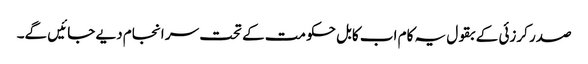
صدر کرزئی کے بقول یہ کام اب کابل حکومت کے تحت سر انجام دیے جائیں گے۔